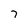
Character: 7